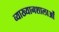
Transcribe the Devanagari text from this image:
व्याख्यानशालाओं